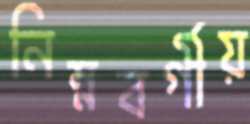
নিম্নবর্গীয়